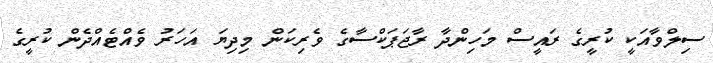
ސިލްވާއަކީ ކުރީގެ ރައީސް މަހިންދާ ރާޖަޕަކްސާގެ ވެރިކަން މިދިޔަ އަހަރު ވެއްޓެއްދެން ކުރީގެ